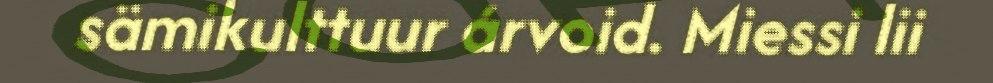
sämikulttuur árvoid. Miessi lii